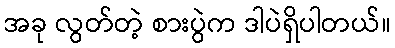
အခု လွတ်တဲ့ စားပွဲက ဒါပဲရှိပါတယ်။